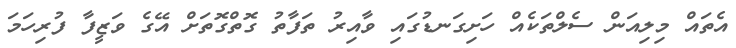
އެތައް މިލިއަން ސެލްތަކެއް ހަށިގަނޑުގައި ވާއިރު ތަފާތު ގޮތްގޮތަށް އޭގެ ވަޒީފާ ފުރިހަމަ